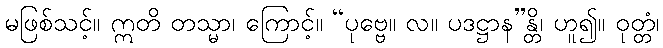
မဖြစ်သင့်။ ဣတိ တသ္မာ၊ ကြောင့်။ “ပုဗ္ဗေ။ လ။ ပဒဋ္ဌာန”န္တိ၊ ဟူ၍။ ဝုတ္တံ၊